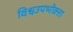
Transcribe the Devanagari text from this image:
विश्वउपभोक्ता